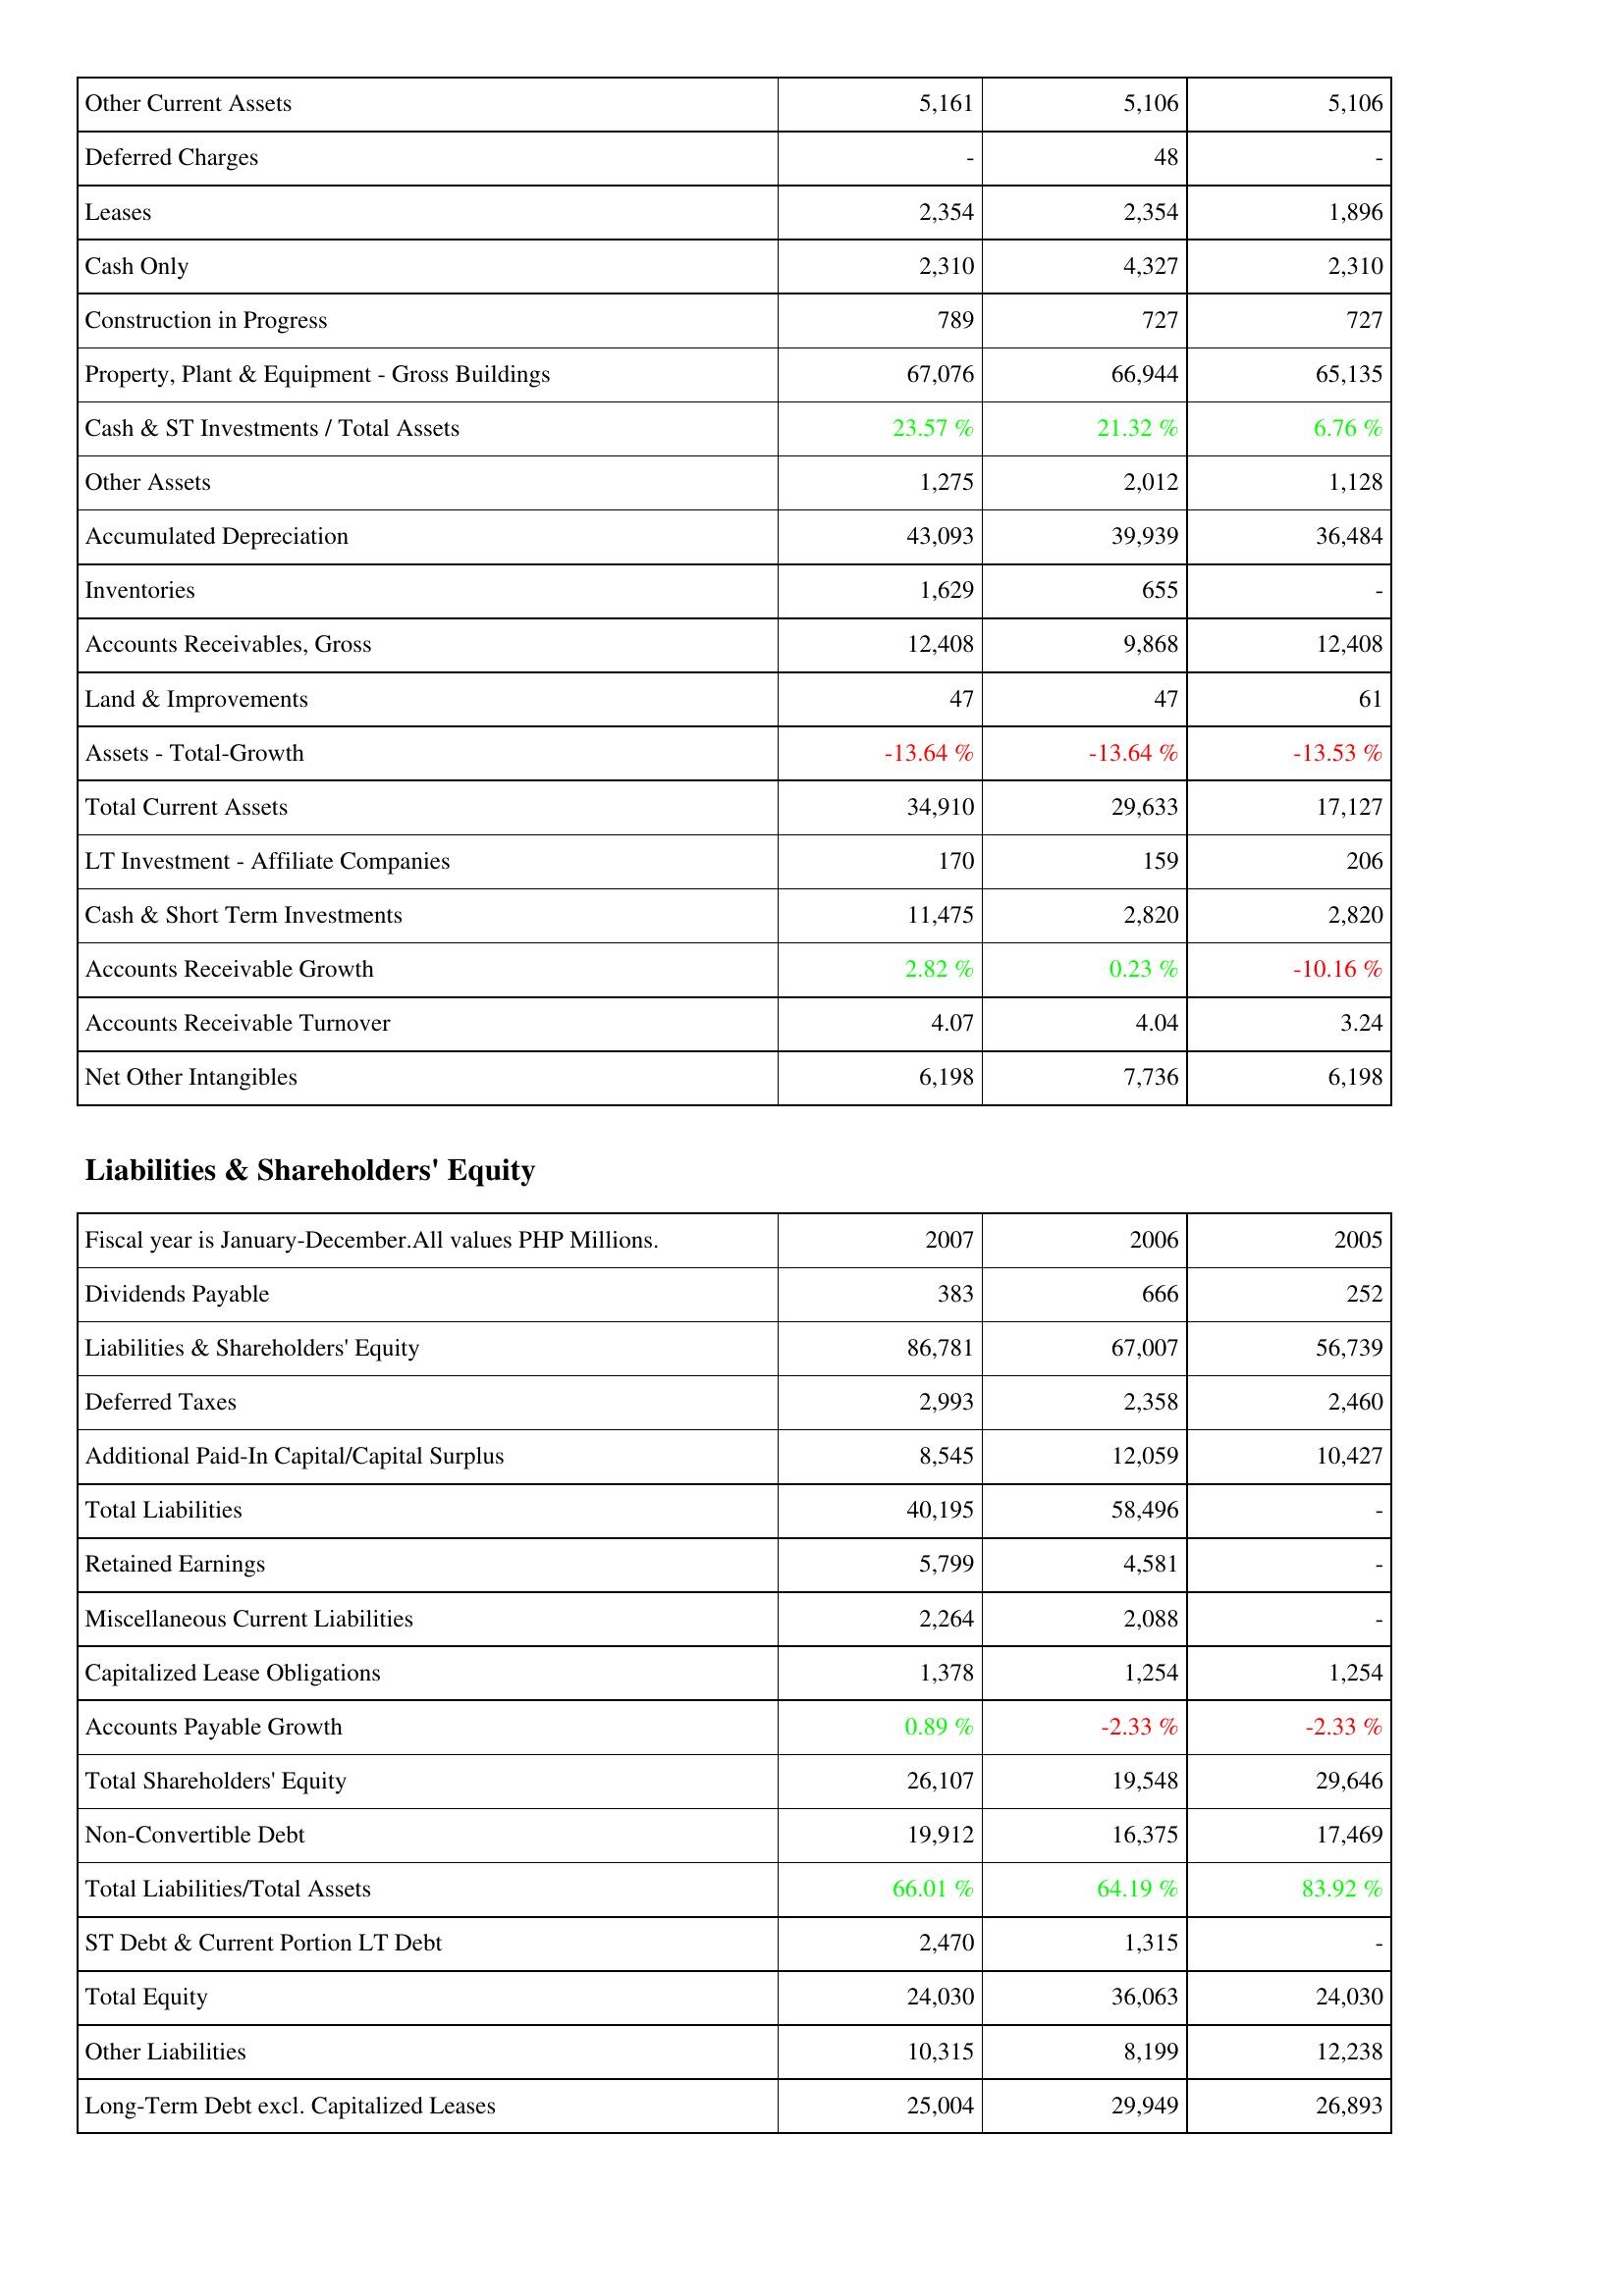
2007: Assets: Other Current Assets: 5,161
Deferred Charges: -
Leases: 2,354
Cash Only: 2,310
Construction in Progress: 789
Property, Plant & Equipment - Gross Buildings: 67,076
Cash & ST Investments / Total Assets: 23.57 %
Other Assets: 1,275
Accumulated Depreciation: 43,093
Inventories: 1,629
Accounts Receivables, Gross: 12,408
Land & Improvements: 47
Assets - Total-Growth: -13.64 %
Total Current Assets: 34,910
LT Investment - Affiliate Companies: 170
Cash & Short Term Investments: 11,475
Accounts Receivable Growth: 2.82 %
Accounts Receivable Turnover: 4.07
Net Other Intangibles: 6,198
Liabilities & Shareholders' Equity: Dividends Payable: 383
Liabilities & Shareholders' Equity: 86,781
Deferred Taxes: 2,993
Additional Paid-In Capital/Capital Surplus: 8,545
Total Liabilities: 40,195
Retained Earnings: 5,799
Miscellaneous Current Liabilities: 2,264
Capitalized Lease Obligations: 1,378
Accounts Payable Growth: 0.89 %
Total Shareholders' Equity: 26,107
Non-Convertible Debt: 19,912
Total Liabilities/Total Assets: 66.01 %
ST Debt & Current Portion LT Debt: 2,470
Total Equity: 24,030
Other Liabilities: 10,315
Long-Term Debt excl. Capitalized Leases: 25,004
2006: Assets: Other Current Assets: 5,106
Deferred Charges: 48
Leases: 2,354
Cash Only: 4,327
Construction in Progress: 727
Property, Plant & Equipment - Gross Buildings: 66,944
Cash & ST Investments / Total Assets: 21.32 %
Other Assets: 2,012
Accumulated Depreciation: 39,939
Inventories: 655
Accounts Receivables, Gross: 9,868
Land & Improvements: 47
Assets - Total-Growth: -13.64 %
Total Current Assets: 29,633
LT Investment - Affiliate Companies: 159
Cash & Short Term Investments: 2,820
Accounts Receivable Growth: 0.23 %
Accounts Receivable Turnover: 4.04
Net Other Intangibles: 7,736
Liabilities & Shareholders' Equity: Dividends Payable: 666
Liabilities & Shareholders' Equity: 67,007
Deferred Taxes: 2,358
Additional Paid-In Capital/Capital Surplus: 12,059
Total Liabilities: 58,496
Retained Earnings: 4,581
Miscellaneous Current Liabilities: 2,088
Capitalized Lease Obligations: 1,254
Accounts Payable Growth: -2.33 %
Total Shareholders' Equity: 19,548
Non-Convertible Debt: 16,375
Total Liabilities/Total Assets: 64.19 %
ST Debt & Current Portion LT Debt: 1,315
Total Equity: 36,063
Other Liabilities: 8,199
Long-Term Debt excl. Capitalized Leases: 29,949
2005: Assets: Other Current Assets: 5,106
Deferred Charges: -
Leases: 1,896
Cash Only: 2,310
Construction in Progress: 727
Property, Plant & Equipment - Gross Buildings: 65,135
Cash & ST Investments / Total Assets: 6.76 %
Other Assets: 1,128
Accumulated Depreciation: 36,484
Inventories: -
Accounts Receivables, Gross: 12,408
Land & Improvements: 61
Assets - Total-Growth: -13.53 %
Total Current Assets: 17,127
LT Investment - Affiliate Companies: 206
Cash & Short Term Investments: 2,820
Accounts Receivable Growth: -10.16 %
Accounts Receivable Turnover: 3.24
Net Other Intangibles: 6,198
Liabilities & Shareholders' Equity: Dividends Payable: 252
Liabilities & Shareholders' Equity: 56,739
Deferred Taxes: 2,460
Additional Paid-In Capital/Capital Surplus: 10,427
Total Liabilities: -
Retained Earnings: -
Miscellaneous Current Liabilities: -
Capitalized Lease Obligations: 1,254
Accounts Payable Growth: -2.33 %
Total Shareholders' Equity: 29,646
Non-Convertible Debt: 17,469
Total Liabilities/Total Assets: 83.92 %
ST Debt & Current Portion LT Debt: -
Total Equity: 24,030
Other Liabilities: 12,238
Long-Term Debt excl. Capitalized Leases: 26,893